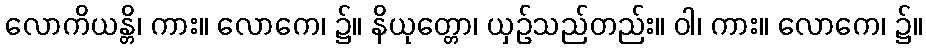
လောကိယန္တိ၊ ကား။ လောကေ၊ ၌။ နိယုတ္တော၊ ယှဉ်သည်တည်း။ ဝါ၊ ကား။ လောကေ၊ ၌။